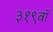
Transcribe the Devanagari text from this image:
३१९वॉ